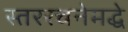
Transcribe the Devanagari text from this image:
स्तररचनेमद्धे